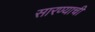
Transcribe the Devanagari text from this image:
सारण्याची